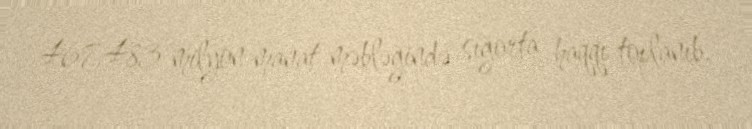
467,483 milyon manat məbləğində sığorta haqqı toplanıb.